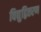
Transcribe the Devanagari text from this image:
विद्युद्वितरण